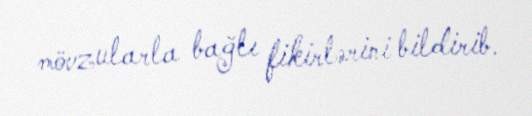
mövzularla bağlı fikirlərini bildirib.